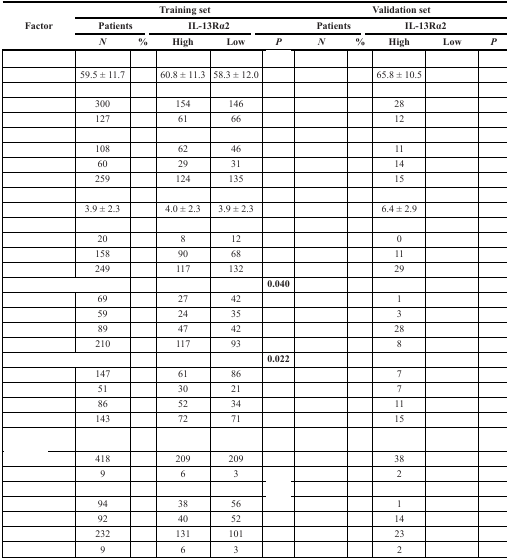
<table><thead><tr><td rowspan="3"><b>Factor</b></td><td colspan="4"><b>Training set</b></td><td>[EMPTY_CELL]</td><td colspan="4"><b>Validation set</b></td><td>[EMPTY_CELL]</td></tr><tr><td colspan="2"><b>Patients</b></td><td colspan="2"><b>IL-13Rα2</b></td><td>[EMPTY_CELL]</td><td colspan="2"><b>Patients</b></td><td colspan="2"><b>IL-13Rα2</b></td><td>[EMPTY_CELL]</td></tr><tr><td><b><i>N</i></b></td><td><b>%</b></td><td><b>High</b></td><td><b>Low</b></td><td><b><i>P</i></b></td><td><b><i>N</i></b></td><td><b>%</b></td><td><b>High</b></td><td><b>Low</b></td><td><b><i>P</i></b></td></tr></thead><tbody><tr><td>[EMPTY_CELL]</td><td>[EMPTY_CELL]</td><td>[EMPTY_CELL]</td><td>[EMPTY_CELL]</td><td>[EMPTY_CELL]</td><td>[EMPTY_CELL]</td><td>[EMPTY_CELL]</td><td>[EMPTY_CELL]</td><td>[EMPTY_CELL]</td><td>[EMPTY_CELL]</td><td>[EMPTY_CELL]</td></tr><tr><td>[EMPTY_CELL]</td><td>59.5 ± 11.7</td><td>[EMPTY_CELL]</td><td>60.8 ± 11.3</td><td>58.3 ± 12.0</td><td>[EMPTY_CELL]</td><td>[EMPTY_CELL]</td><td>[EMPTY_CELL]</td><td>65.8 ± 10.5</td><td>[EMPTY_CELL]</td><td>[EMPTY_CELL]</td></tr><tr><td>[EMPTY_CELL]</td><td>[EMPTY_CELL]</td><td>[EMPTY_CELL]</td><td>[EMPTY_CELL]</td><td>[EMPTY_CELL]</td><td>[EMPTY_CELL]</td><td>[EMPTY_CELL]</td><td>[EMPTY_CELL]</td><td>[EMPTY_CELL]</td><td>[EMPTY_CELL]</td><td>[EMPTY_CELL]</td></tr><tr><td>[EMPTY_CELL]</td><td>300</td><td>[EMPTY_CELL]</td><td>154</td><td>146</td><td>[EMPTY_CELL]</td><td>[EMPTY_CELL]</td><td>[EMPTY_CELL]</td><td>28</td><td>[EMPTY_CELL]</td><td>[EMPTY_CELL]</td></tr><tr><td>[EMPTY_CELL]</td><td>127</td><td>[EMPTY_CELL]</td><td>61</td><td>66</td><td>[EMPTY_CELL]</td><td>[EMPTY_CELL]</td><td>[EMPTY_CELL]</td><td>12</td><td>[EMPTY_CELL]</td><td>[EMPTY_CELL]</td></tr><tr><td>[EMPTY_CELL]</td><td>[EMPTY_CELL]</td><td>[EMPTY_CELL]</td><td>[EMPTY_CELL]</td><td>[EMPTY_CELL]</td><td>[EMPTY_CELL]</td><td>[EMPTY_CELL]</td><td>[EMPTY_CELL]</td><td>[EMPTY_CELL]</td><td>[EMPTY_CELL]</td><td>[EMPTY_CELL]</td></tr><tr><td>[EMPTY_CELL]</td><td>108</td><td>[EMPTY_CELL]</td><td>62</td><td>46</td><td>[EMPTY_CELL]</td><td>[EMPTY_CELL]</td><td>[EMPTY_CELL]</td><td>11</td><td>[EMPTY_CELL]</td><td>[EMPTY_CELL]</td></tr><tr><td>[EMPTY_CELL]</td><td>60</td><td>[EMPTY_CELL]</td><td>29</td><td>31</td><td>[EMPTY_CELL]</td><td>[EMPTY_CELL]</td><td>[EMPTY_CELL]</td><td>14</td><td>[EMPTY_CELL]</td><td>[EMPTY_CELL]</td></tr><tr><td>[EMPTY_CELL]</td><td>259</td><td>[EMPTY_CELL]</td><td>124</td><td>135</td><td>[EMPTY_CELL]</td><td>[EMPTY_CELL]</td><td>[EMPTY_CELL]</td><td>15</td><td>[EMPTY_CELL]</td><td>[EMPTY_CELL]</td></tr><tr><td>[EMPTY_CELL]</td><td>[EMPTY_CELL]</td><td>[EMPTY_CELL]</td><td>[EMPTY_CELL]</td><td>[EMPTY_CELL]</td><td>[EMPTY_CELL]</td><td>[EMPTY_CELL]</td><td>[EMPTY_CELL]</td><td>[EMPTY_CELL]</td><td>[EMPTY_CELL]</td><td>[EMPTY_CELL]</td></tr><tr><td>[EMPTY_CELL]</td><td>3.9 ± 2.3</td><td>[EMPTY_CELL]</td><td>4.0 ± 2.3</td><td>3.9 ± 2.3</td><td>[EMPTY_CELL]</td><td>[EMPTY_CELL]</td><td>[EMPTY_CELL]</td><td>6.4 ± 2.9</td><td>[EMPTY_CELL]</td><td>[EMPTY_CELL]</td></tr><tr><td>[EMPTY_CELL]</td><td>[EMPTY_CELL]</td><td>[EMPTY_CELL]</td><td>[EMPTY_CELL]</td><td>[EMPTY_CELL]</td><td>[EMPTY_CELL]</td><td>[EMPTY_CELL]</td><td>[EMPTY_CELL]</td><td>[EMPTY_CELL]</td><td>[EMPTY_CELL]</td><td>[EMPTY_CELL]</td></tr><tr><td>[EMPTY_CELL]</td><td>20</td><td>[EMPTY_CELL]</td><td>8</td><td>12</td><td>[EMPTY_CELL]</td><td>[EMPTY_CELL]</td><td>[EMPTY_CELL]</td><td>0</td><td>[EMPTY_CELL]</td><td>[EMPTY_CELL]</td></tr><tr><td>[EMPTY_CELL]</td><td>158</td><td>[EMPTY_CELL]</td><td>90</td><td>68</td><td>[EMPTY_CELL]</td><td>[EMPTY_CELL]</td><td>[EMPTY_CELL]</td><td>11</td><td>[EMPTY_CELL]</td><td>[EMPTY_CELL]</td></tr><tr><td>[EMPTY_CELL]</td><td>249</td><td>[EMPTY_CELL]</td><td>117</td><td>132</td><td>[EMPTY_CELL]</td><td>[EMPTY_CELL]</td><td>[EMPTY_CELL]</td><td>29</td><td>[EMPTY_CELL]</td><td>[EMPTY_CELL]</td></tr><tr><td colspan="2">[EMPTY_CELL]</td><td>[EMPTY_CELL]</td><td>[EMPTY_CELL]</td><td>[EMPTY_CELL]</td><td><b>0.040</b></td><td>[EMPTY_CELL]</td><td>[EMPTY_CELL]</td><td>[EMPTY_CELL]</td><td>[EMPTY_CELL]</td><td>[EMPTY_CELL]</td></tr><tr><td>[EMPTY_CELL]</td><td>69</td><td>[EMPTY_CELL]</td><td>27</td><td>42</td><td>[EMPTY_CELL]</td><td>[EMPTY_CELL]</td><td>[EMPTY_CELL]</td><td>1</td><td>[EMPTY_CELL]</td><td>[EMPTY_CELL]</td></tr><tr><td>[EMPTY_CELL]</td><td>59</td><td>[EMPTY_CELL]</td><td>24</td><td>35</td><td>[EMPTY_CELL]</td><td>[EMPTY_CELL]</td><td>[EMPTY_CELL]</td><td>3</td><td>[EMPTY_CELL]</td><td>[EMPTY_CELL]</td></tr><tr><td>[EMPTY_CELL]</td><td>89</td><td>[EMPTY_CELL]</td><td>47</td><td>42</td><td>[EMPTY_CELL]</td><td>[EMPTY_CELL]</td><td>[EMPTY_CELL]</td><td>28</td><td>[EMPTY_CELL]</td><td>[EMPTY_CELL]</td></tr><tr><td>[EMPTY_CELL]</td><td>210</td><td>[EMPTY_CELL]</td><td>117</td><td>93</td><td>[EMPTY_CELL]</td><td>[EMPTY_CELL]</td><td>[EMPTY_CELL]</td><td>8</td><td>[EMPTY_CELL]</td><td>[EMPTY_CELL]</td></tr><tr><td colspan="2">[EMPTY_CELL]</td><td>[EMPTY_CELL]</td><td>[EMPTY_CELL]</td><td>[EMPTY_CELL]</td><td><b>0.022</b></td><td>[EMPTY_CELL]</td><td>[EMPTY_CELL]</td><td>[EMPTY_CELL]</td><td>[EMPTY_CELL]</td><td>[EMPTY_CELL]</td></tr><tr><td>[EMPTY_CELL]</td><td>147</td><td>[EMPTY_CELL]</td><td>61</td><td>86</td><td>[EMPTY_CELL]</td><td>[EMPTY_CELL]</td><td>[EMPTY_CELL]</td><td>7</td><td>[EMPTY_CELL]</td><td>[EMPTY_CELL]</td></tr><tr><td>[EMPTY_CELL]</td><td>51</td><td>[EMPTY_CELL]</td><td>30</td><td>21</td><td>[EMPTY_CELL]</td><td>[EMPTY_CELL]</td><td>[EMPTY_CELL]</td><td>7</td><td>[EMPTY_CELL]</td><td>[EMPTY_CELL]</td></tr><tr><td>[EMPTY_CELL]</td><td>86</td><td>[EMPTY_CELL]</td><td>52</td><td>34</td><td>[EMPTY_CELL]</td><td>[EMPTY_CELL]</td><td>[EMPTY_CELL]</td><td>11</td><td>[EMPTY_CELL]</td><td>[EMPTY_CELL]</td></tr><tr><td>[EMPTY_CELL]</td><td>143</td><td>[EMPTY_CELL]</td><td>72</td><td>71</td><td>[EMPTY_CELL]</td><td>[EMPTY_CELL]</td><td>[EMPTY_CELL]</td><td>15</td><td>[EMPTY_CELL]</td><td>[EMPTY_CELL]</td></tr><tr><td>[EMPTY_CELL]</td><td>[EMPTY_CELL]</td><td>[EMPTY_CELL]</td><td>[EMPTY_CELL]</td><td>[EMPTY_CELL]</td><td>[EMPTY_CELL]</td><td>[EMPTY_CELL]</td><td>[EMPTY_CELL]</td><td>[EMPTY_CELL]</td><td>[EMPTY_CELL]</td><td>[EMPTY_CELL]</td></tr><tr><td>[EMPTY_CELL]</td><td>418</td><td>[EMPTY_CELL]</td><td>209</td><td>209</td><td>[EMPTY_CELL]</td><td>[EMPTY_CELL]</td><td>[EMPTY_CELL]</td><td>38</td><td>[EMPTY_CELL]</td><td>[EMPTY_CELL]</td></tr><tr><td>[EMPTY_CELL]</td><td>9</td><td>[EMPTY_CELL]</td><td>6</td><td>3</td><td>[EMPTY_CELL]</td><td>[EMPTY_CELL]</td><td>[EMPTY_CELL]</td><td>2</td><td>[EMPTY_CELL]</td><td>[EMPTY_CELL]</td></tr><tr><td>[EMPTY_CELL]</td><td>[EMPTY_CELL]</td><td>[EMPTY_CELL]</td><td>[EMPTY_CELL]</td><td>[EMPTY_CELL]</td><td>[EMPTY_CELL]</td><td>[EMPTY_CELL]</td><td>[EMPTY_CELL]</td><td>[EMPTY_CELL]</td><td>[EMPTY_CELL]</td><td>[EMPTY_CELL]</td></tr><tr><td>[EMPTY_CELL]</td><td>94</td><td>[EMPTY_CELL]</td><td>38</td><td>56</td><td>[EMPTY_CELL]</td><td>[EMPTY_CELL]</td><td>[EMPTY_CELL]</td><td>1</td><td>[EMPTY_CELL]</td><td>[EMPTY_CELL]</td></tr><tr><td>[EMPTY_CELL]</td><td>92</td><td>[EMPTY_CELL]</td><td>40</td><td>52</td><td>[EMPTY_CELL]</td><td>[EMPTY_CELL]</td><td>[EMPTY_CELL]</td><td>14</td><td>[EMPTY_CELL]</td><td>[EMPTY_CELL]</td></tr><tr><td>[EMPTY_CELL]</td><td>232</td><td>[EMPTY_CELL]</td><td>131</td><td>101</td><td>[EMPTY_CELL]</td><td>[EMPTY_CELL]</td><td>[EMPTY_CELL]</td><td>23</td><td>[EMPTY_CELL]</td><td>[EMPTY_CELL]</td></tr><tr><td>[EMPTY_CELL]</td><td>9</td><td>[EMPTY_CELL]</td><td>6</td><td>3</td><td>[EMPTY_CELL]</td><td>[EMPTY_CELL]</td><td>[EMPTY_CELL]</td><td>2</td><td>[EMPTY_CELL]</td><td>[EMPTY_CELL]</td></tr></tbody></table>